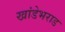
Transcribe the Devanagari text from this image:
खांडेभराड